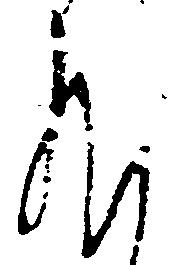
九